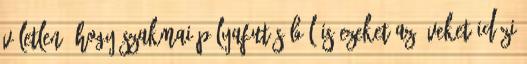
véletlen, hogy szakmai pályafutásából is ezeket az éveket idézi